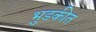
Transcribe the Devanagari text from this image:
भुडकीत